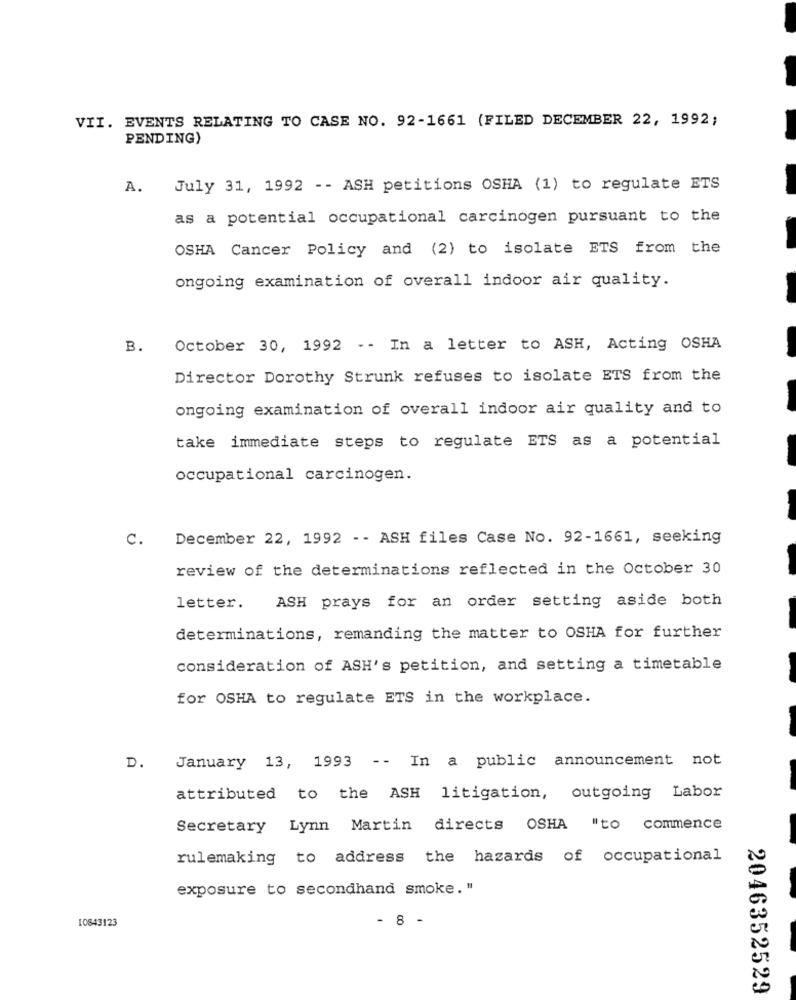
VII. EVENTS RELATING TO CASE NO. 92-1661 (FILED DECEMBER 22, 1992;
PENDING)
A. July 31, 1992 -- ASH petitions OSHA (1) to regulate ETS
as a potential occupational carcinogen pursuant to the
OSHA Cancer Policy and (2) to isolate ETS from the
ongoing examination of overall indoor air quality.
B.
October 30, 1992 -- In a letter to ASH, Acting OSHA
Director Dorothy Strunk refuses to isolate ETS from the
ongoing examination of overall indoor air quality and to
take immediate steps to regulate ETS as a potential
occupational carcinogen.
C.
December 22, 1992 - - ASH files Case No. 92-1661, seeking
review of the determinations reflected in the October 30
ASH prays for an order setting aside both
letter.
determinations, remanding the matter to OSHA for further
consideration of ASH's petition, and setting a timetable
for OSHA to regulate ETS in the workplace.
January 13, 1993 -- In a public announcement not
D.
attributed to the ASH litigation, outgoing Labor
Secretary Lynn Martin directs OSHA "to commence
rulemaking to address the hazards of occupational
exposure to secondhand smoke. "
10843123
- 8 -
2046352529